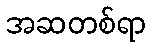
အဆတစ်ရာ